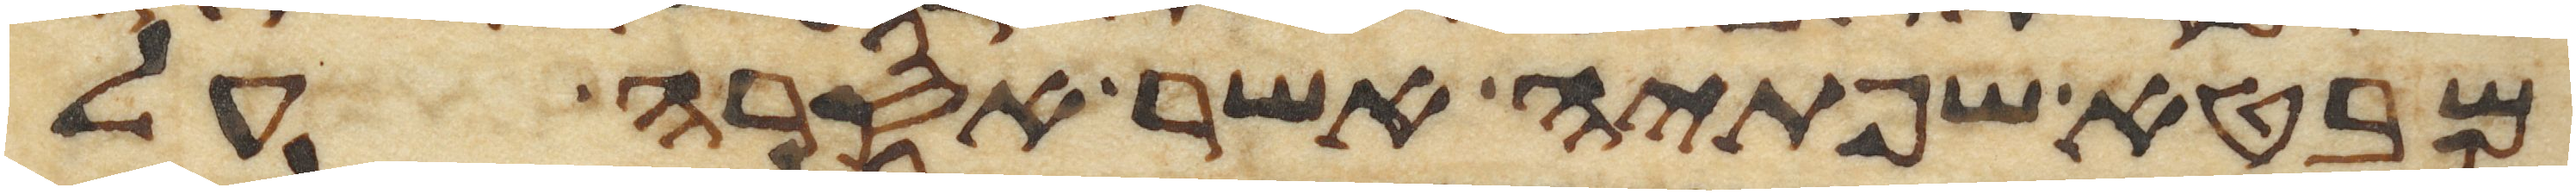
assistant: מבטא שפתיה אשר אסרה על